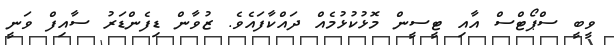
ވީބީ ސްޕޯޓްސް އާއި ޓީސީން މޮޅުކުޅުމެއް ދައްކާފައެވެ. ޒުވާން ޑިފެންޑަރު ސާއިފް ވަނީ